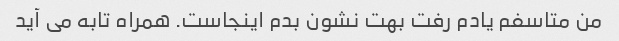
من متاسفم یادم رفت بهت نشون بدم اینجاست. همراه تابه می آید